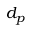
d _ { p }